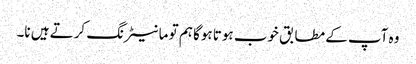
وہ آپ کے مطابق خوب ہوتا ہوگا ہم تو مانیٹرنگ کرتے ہیں نا۔